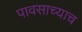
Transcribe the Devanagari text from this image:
पावसाच्याच